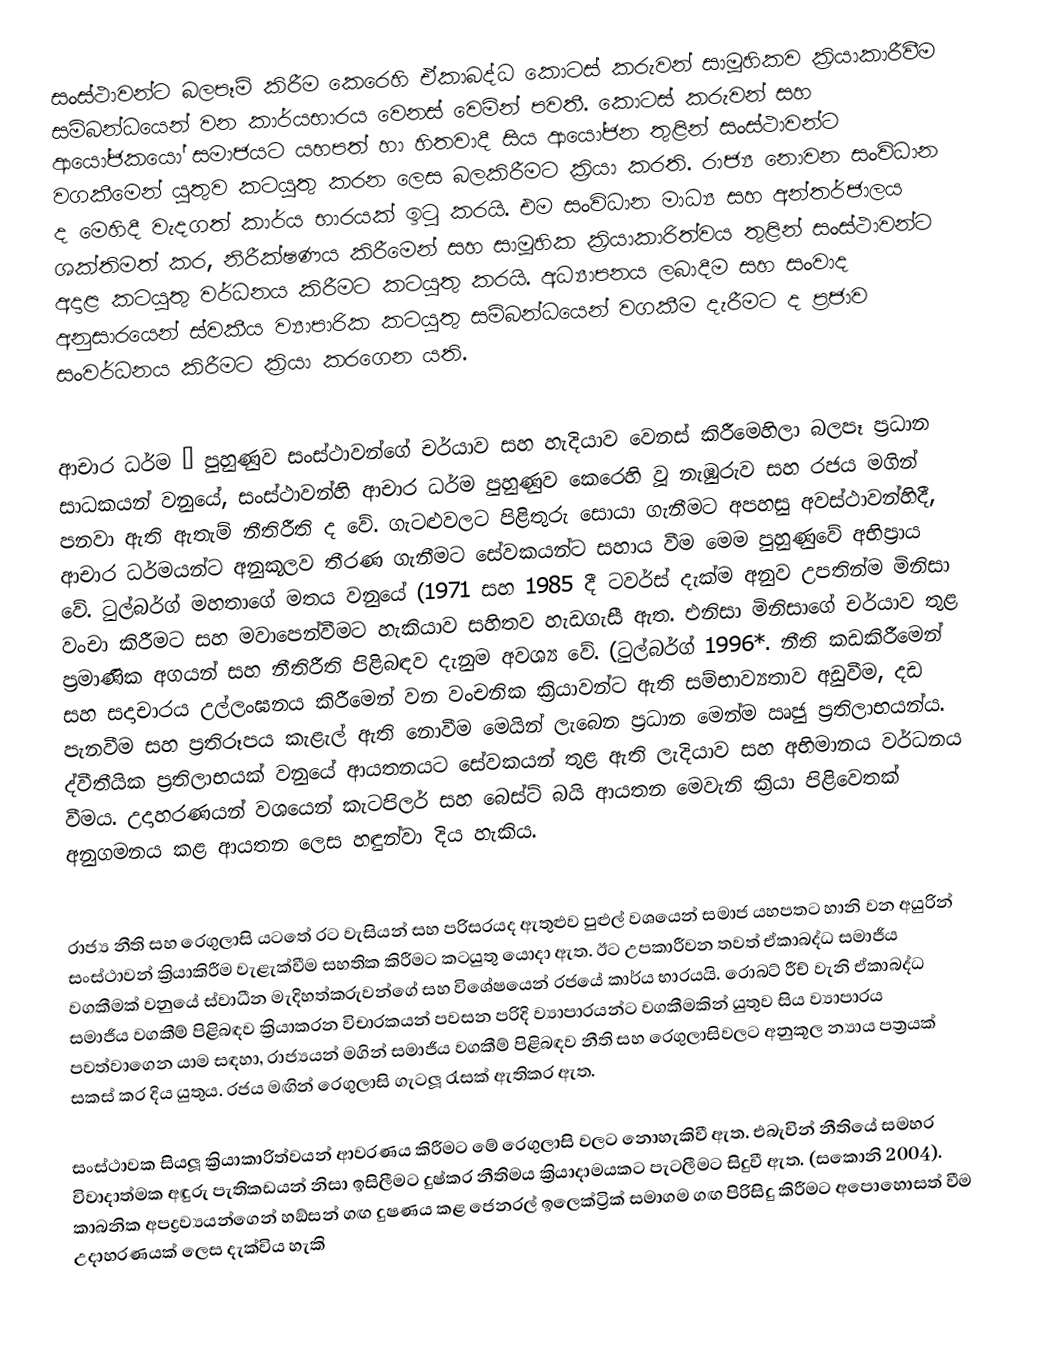
සංස්ථාවන්ට බලපෑම් කිරීම කෙරෙහි ඒකාබද්ධ කොටස් කරුවන් සාමූහිකව ක්‍රියාකාරීවීම සම්බන්ධයෙන් වන කාර්යභාරය වෙනස් වෙමින් පවතී. කොටස් කරුවන් සහ ආයෝජකයෝ සමාජයට යහපත් හා හිතවාදී සිය ආයෝජන තුළින් සංස්ථාවන්ට වගකීමෙන් යුතුව කටයුතු කරන ලෙස බලකිරීමට ක්‍රියා කරති. රාජ්‍ය නොවන සංවිධාන ද මෙහිදී වැදගත් කාර්ය භාරයක් ඉටු කරයි. එම සංවිධාන මාධ්‍ය සහ අන්තර්ජාලය ශක්තිමත් කර, නිරීක්ෂණය කිරීමෙන් සහ සාමූහික ක්‍රියාකාරිත්වය තුළින් සංස්ථාවන්ට අදාළ කටයුතු වර්ධනය කිරීමට කටයුතු කරයි. අධ්‍යාපනය ලබාදීම සහ සංවාද අනුසාරයෙන් ස්වකීය ව්‍යාපාරික කටයුතු සම්බන්ධයෙන් වගකීම දැරීමට ද ප්‍රජාව සංවර්ධනය කිරීමට ක්‍රියා කරගෙන යති.

ආචාර ධර්ම – පුහුණුව සංස්ථාවන්ගේ චර්යාව සහ හැදියාව වෙනස් කිරීමෙහිලා බලපෑ ප්‍රධාන සාධකයන් වනුයේ, සංස්ථාවන්හි ආචාර ධර්ම පුහුණුව කෙරෙහි වූ නැඹුරුව සහ රජය මගින් පනවා ඇති ඇතැම් නීතිරීති ද වේ. ගැටළුවලට පිළිතුරු සොයා ගැනීමට අපහසු අවස්ථාවන්හිදී, ආචාර ධර්මයන්ට  අනුකූලව තීරණ ගැනීමට සේවකයන්ට සහාය වීම මෙම පුහුණුවේ අභිප්‍රාය වේ. ටුල්බර්ග් මහතාගේ මතය වනුයේ (1971 සහ 1985 දී ටවර්ස් දැක්ම අනුව උපතින්ම මිනිසා  වංචා කිරීමට සහ මවාපෙන්වීමට හැකියාව සහිතව හැඩගැසී ඇත. එනිසා මිනිසාගේ චර්යාව තුළ ප්‍රමාණික අගයන් සහ නීතිරීති පිළිබඳව දැනුම අවශ්‍ය වේ. (ටුල්බර්ග් 1996*. නීති කඩකිරීමෙන් සහ සදාචාරය උල්ලංඝනය කිරීමෙන් වන වංචනික ක්‍රියාවන්ට ඇති සම්භාව්‍යතාව අඩුවීම, දඩ  පැනවීම සහ ප්‍රතිරූපය කැළැල් ඇති නොවීම මෙයින් ලැබෙන ප්‍රධාන මෙන්ම ඍජු ප්‍රතිලාභයන්ය. ද්වීතීයික ප්‍රතිලාභයක් වනුයේ ආයතනයට සේවකයන් තුළ ඇති ලැදියාව සහ අභිමානය වර්ධනය වීමය. උදාහරණයන් වශයෙන් කැටපිලර් සහ බෙස්ට් බයි ආයතන මෙවැනි ක්‍රියා පිළිවෙතක් අනුගමනය කළ ආයතන ලෙස හඳුන්වා දිය හැකිය.

රාජ්‍ය නීති සහ රෙගුලාසි යටතේ රට වැසියන් සහ පරිසරයද ඇතුළුව පුළුල් වශයෙන් සමාජ යහපතට හානි වන අයුරින් සංස්ථාවන් ක්‍රියාකිරීම වැළැක්වීම සහතික කිරීමට කටයුතු යොදා ඇත. ඊට උපකාරීවන තවත් ඒකාබද්ධ සමාජීය වගකීමක් වනුයේ ස්වාධීන මැදිහත්කරුවන්ගේ සහ විශේෂයෙන් රජයේ කාර්ය භාරයයි. රොබට් රීච් වැනි ඒකාබද්ධ සමාජීය වගකීම් පිළිබඳව ක්‍රියාකරන විචාරකයන් පවසන පරිදි ව්‍යාපාරයන්ට වගකීමකින් යුතුව සිය ව්‍යාපාරය පවත්වාගෙන යාම සඳහා, රාජ්‍යයන් මගින් සමාජීය වගකීම් පිළිබඳව නීති සහ රෙගුලාසිවලට අනුකූල න්‍යාය පත්‍රයක් සකස් කර දිය යුතුය. රජය මඟින් රෙගුලාසි ගැටලූ රැසක් ඇතිකර ඇත.

සංස්ථාවක සියලූ ක්‍රියාකාරිත්වයන් ආවරණය කිරීමට මේ රෙගුලාසි වලට නොහැකිවී ඇත. එබැවින් නීතියේ සමහර විවාදාත්මක අඳුරු පැතිකඩයන් නිසා ඉසිලීමට දුෂ්කර නීතිමය ක්‍රියාදාමයකට පැටලීමට සිදුවී ඇත. (සකොනි 2004). කාබනික අපද්‍රව්‍යයන්ගෙන් හඞ්සන් ගඟ දුෂණය කළ ජෙනරල් ඉලෙක්ට්‍රික් සමාගම ගඟ පිරිසිදු කිරීමට අපොහොසත් වීම උදාහරණයක් ලෙස දැක්විය හැකි